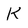
Character: K